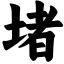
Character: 堵